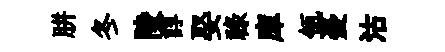
胼冬陵諄娶禄庫瓴憂沽